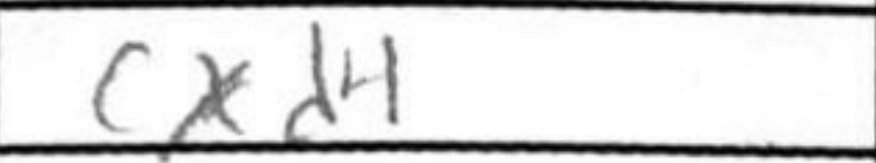
Transcription: cxd4